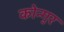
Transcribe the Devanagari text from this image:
कोन्गुर